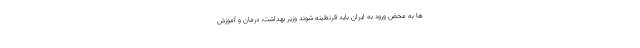
ها به محض ورود به ایران باید قرنطینه شوند وزیر بهداشت، درمان و آموزش